Scottish Leaving Certificate Examination, 1960
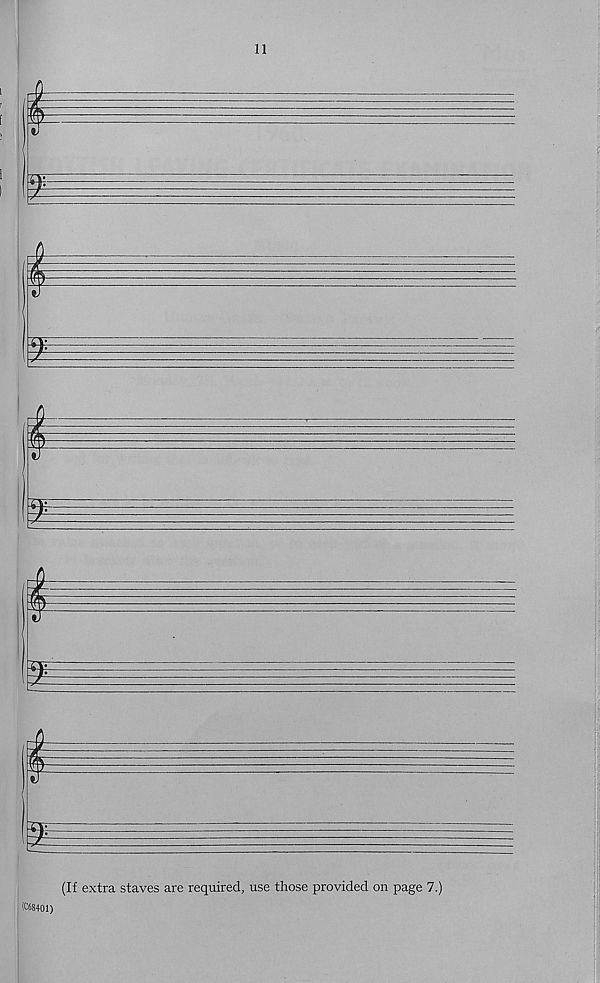
11
(If extra staves are required, use those provided on page 7.)
(C68401)